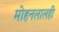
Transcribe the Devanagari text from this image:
मोहनलालही